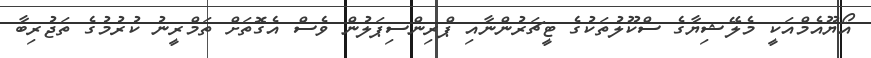
އޯޔޫއެމްއަކީ މެލޭޝިޔާގެ ސްކޫލުތަކުގެ ޓީޗަރުންނާއި ޕްރިންސިޕަލުން ވެސް އެގޮތަށް ތަމްރީނު ކުރުމުގެ ތަޖުރިބާ